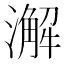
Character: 澥